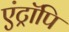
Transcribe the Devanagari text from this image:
एंट्रॉपि